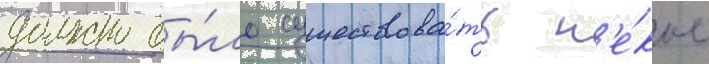
должно бы́ло существова́ть н'е́кое